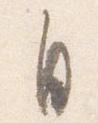
自